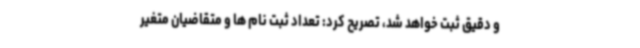
و دقیق ثبت خواهد شد، تصریح کرد: تعداد ثبت نام ها و متقاضیان متغیر